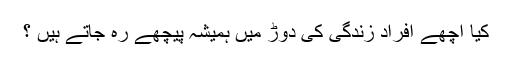
کیا اچھے افراد زندگی کی دوڑ میں ہمیشہ پیچھے رہ جاتے ہیں ؟